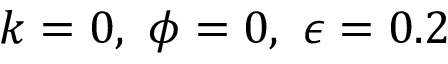
k = 0 , ~ \phi = 0 , ~ \epsilon = 0 . 2